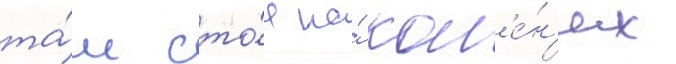
та́м сто́я на́ кол'е́н'ях